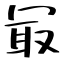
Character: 冣